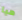
هيا